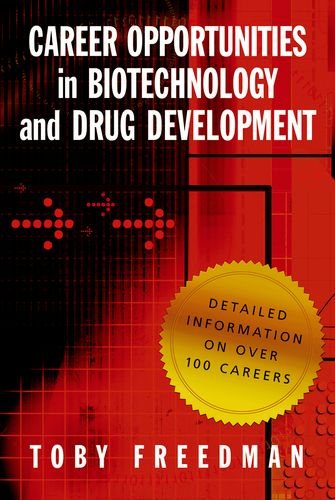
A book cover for Career Opportunities in Biotechnology and Drug Development; Toby Freedman; Medical Books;